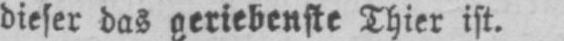
dieser das geriebenste Thier ist.